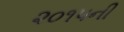
૨૦૧૫ની